Report on vaccination North-West Frontier Province 1904-1922 - 1904-1922
Year: 1904
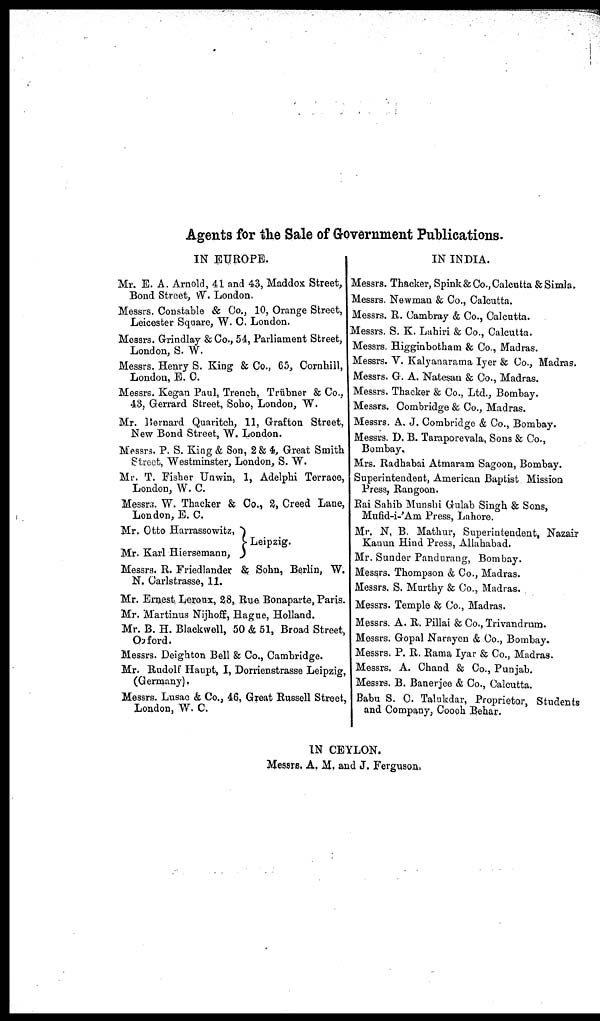
Agents for the Sale of Government Publications.
IN EUROPE.
Mr. E. A. Arnold, 41 and 43, Maddox Street,
Bond Street, W. London.
Messrs. Constable & Co., 10, Orange Street,
Leicester Square, W. C. London.
Messrs. Grindlay & Co., 54, Parliament Street,
London, S. W.
Messrs. Henry S. King & Co., 65, Cornhill,
London, E. C.
Messrs. Kegan Paul, Trench, Trübner & Co.,
43, Gerrard Street, Soho, London, W.
Mr. Bernard Quaritch, 11, Grafton Street,
New Bond Street, W. London.
Messrs. P. S. King & Son, 2& 4, Great Smith
Street, Westminster, London, S. W.
Mr. T. Fisher Unwin, 1, Adelphi Terrace,
London, W. C.
Messrs. W. Thacker & Co., 2, Creed Lane,
London, E. C.
Mr. Otto Harrassowitz,
Mr. Karl Hiersemann,
Leipzig.
Messrs. R. Friedlander & Sohn, Berlin, W.
N. Carlstrasse, 11.
Mr. Ernest Leronx, 28, Rue Bonaparte, Paris.
Mr. Martinus Nijhoff, Hague, Holland.
Mr. B. H. Blackwell, 50 & 51, Broad Street,
Oxford.
Messrs. Deighton Bell & Co., Cambridge.
Mr. Rudolf Haupt, I, Dorrienstrasse Leipzig,
(Germany).
Messrs. Lusac & Co., 46, Great Russell Street,
London, W. C.
IN INDIA.
Messrs. Thacker, Spink & Co., Calcutta & Simla.
Messrs. Newman & Co., Calcutta.
Messrs. R. Cambray & Co., Calcutta.
Messrs. S. K. Lahiri & Co., Calcutta.
Messrs. Higginbotham & Co., Madras.
Messrs. V. Kalyanarama Iyer & Co., Madras.
Messrs. G. A. Natesan & Co., Madras.
Messrs. Thacker & Co., Ltd., Bombay.
Messrs. Combridge & Co., Madras.
Messrs. A. J. Combridge & Co., Bombay.
Messrs. D. B. Taraporevala, Sons & Co.,
Bombay.
Mrs. Radhabai Atmaram Sagoon, Bombay.
Superintendent, American Baptist Mission
Press, Rangoon.
Rai Sahib Munshi Gulab Singh & Sons,
Mufid-i-'Am Press, Lahore.
Mr. N. B. Mathur, Superintendent, Nazair
Kanun Hind Press, Allahabad.
Mr. Sunder Pandurang, Bombay.
Messrs. Thompson & Co., Madras.
Messrs. S. Murthy & Co., Madras.
Messrs. Temple & Co., Madras.
Messrs. A. R. Pillai & Co., Trivandrum.
Messrs. Gopal Narayen & Co., Bombay.
Messrs. P. R. Rama Iyar & Co., Madras.
Messrs, A. Chand & Co., Punjab.
Messrs. B. Banerjee & Co., Calcutta.
Babu S. C. Talukdar, Proprietor, Students
and Company, Cooch Behar.
IN CEYLON.
Messrs. A. M. and J. Ferguson.